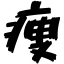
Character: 痩